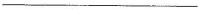
___